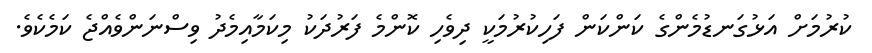
ކުރުމަށް އަޅުގަނޑުމެންގެ ކަންކަން ފަހިކުރުމަކީ ދިވެހި ކޮންމެ ފަރުދަކު މިކަމާއިމެދު ވިސްނަންވެއްޖެ ކަމެކެވެ.